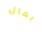
بمال